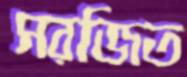
সরজিত